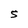
Character: S